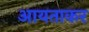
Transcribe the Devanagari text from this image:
आयताकर